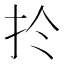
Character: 扵